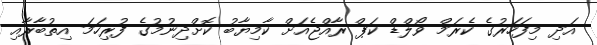
އަދި މިފަހަރުގެ ކެރަމް ވޯލްޑް ކަޕް ރާއްޖެއަށް ކާމިޔާބު ކޮށްދިނުމުގެ ފުރިހަމަ އިތުބާރާއި